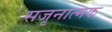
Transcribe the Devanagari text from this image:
सजृनात्मक